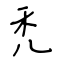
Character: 禿